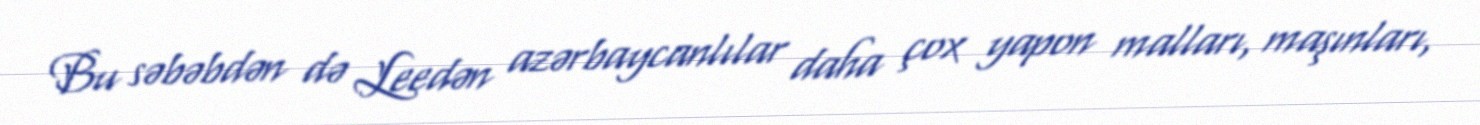
Bu səbəbdən də Leedən azərbaycanlılar daha çox yapon malları, maşınları,